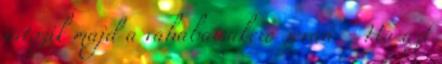
játszik majd a vahabai akció során. - Ha azt